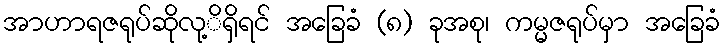
အာဟာရဇရုပ်ဆိုလု့ိရှိရင် အခြေခံ (၈) ခုအစု၊ ကမ္မဇရုပ်မှာ အခြေခံ